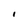
Character: I